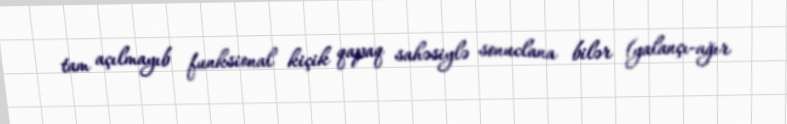
tam açılmayıb funksional kiçik qapaq sahəsiylə sonuclana bilər (yalançı-ağır